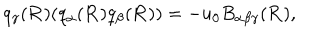
q _ { \gamma } ( { \bf R } ) ( q _ { \alpha } ( { \bf R } ) q _ { \beta } ( { \bf R } ) ) = - u _ { 0 } B _ { \alpha \beta \gamma } ( { \bf R } ) ,